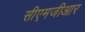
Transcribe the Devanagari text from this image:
सीएमजीआर